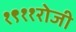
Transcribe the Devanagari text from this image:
१९११रोजी